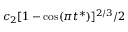
c _ { 2 } [ 1 - \cos ( \pi t ^ { * } ) ] ^ { 2 / 3 } / 2